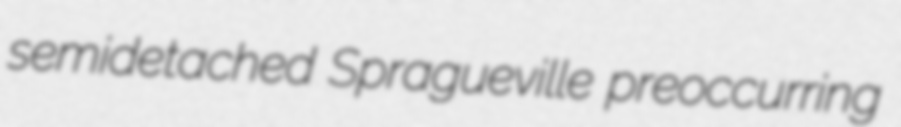
semidetached Spragueville preoccurring